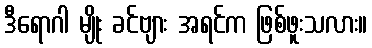
ဒီရောဂါ မျိုး ခင်ဗျား အရင်က ဖြစ်ဖူးသလား။